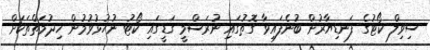
ސިވިލް ކޯޓުގެ ފަނޑިޔާރުން ބުނެފައިވާ ގޮތުގައި ނުރަސްމީ ގަޑީގައި ކޯޓު ނުހުޅުވުމުން ޚިދުމަތްތަކަށް